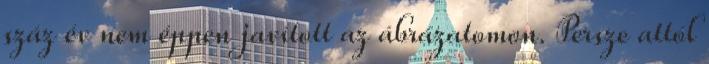
száz év nem éppen javított az ábrázatomon. Persze attól